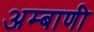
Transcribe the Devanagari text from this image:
अम्बाणी